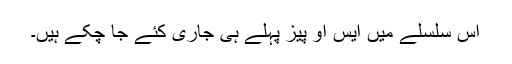
اس سلسلے میں ایس او پیز پہلے ہی جاری کئے جا چکے ہیں۔